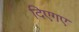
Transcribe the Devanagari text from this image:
दिएगए